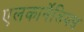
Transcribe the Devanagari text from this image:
एलकार्नेंलियस